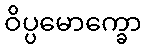
ဝိပ္ပမောက္ခော